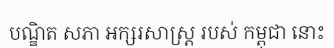
បណ្ឌិត សភា អក្សរសាស្ត្រ របស់ កម្ពុជា នោះ